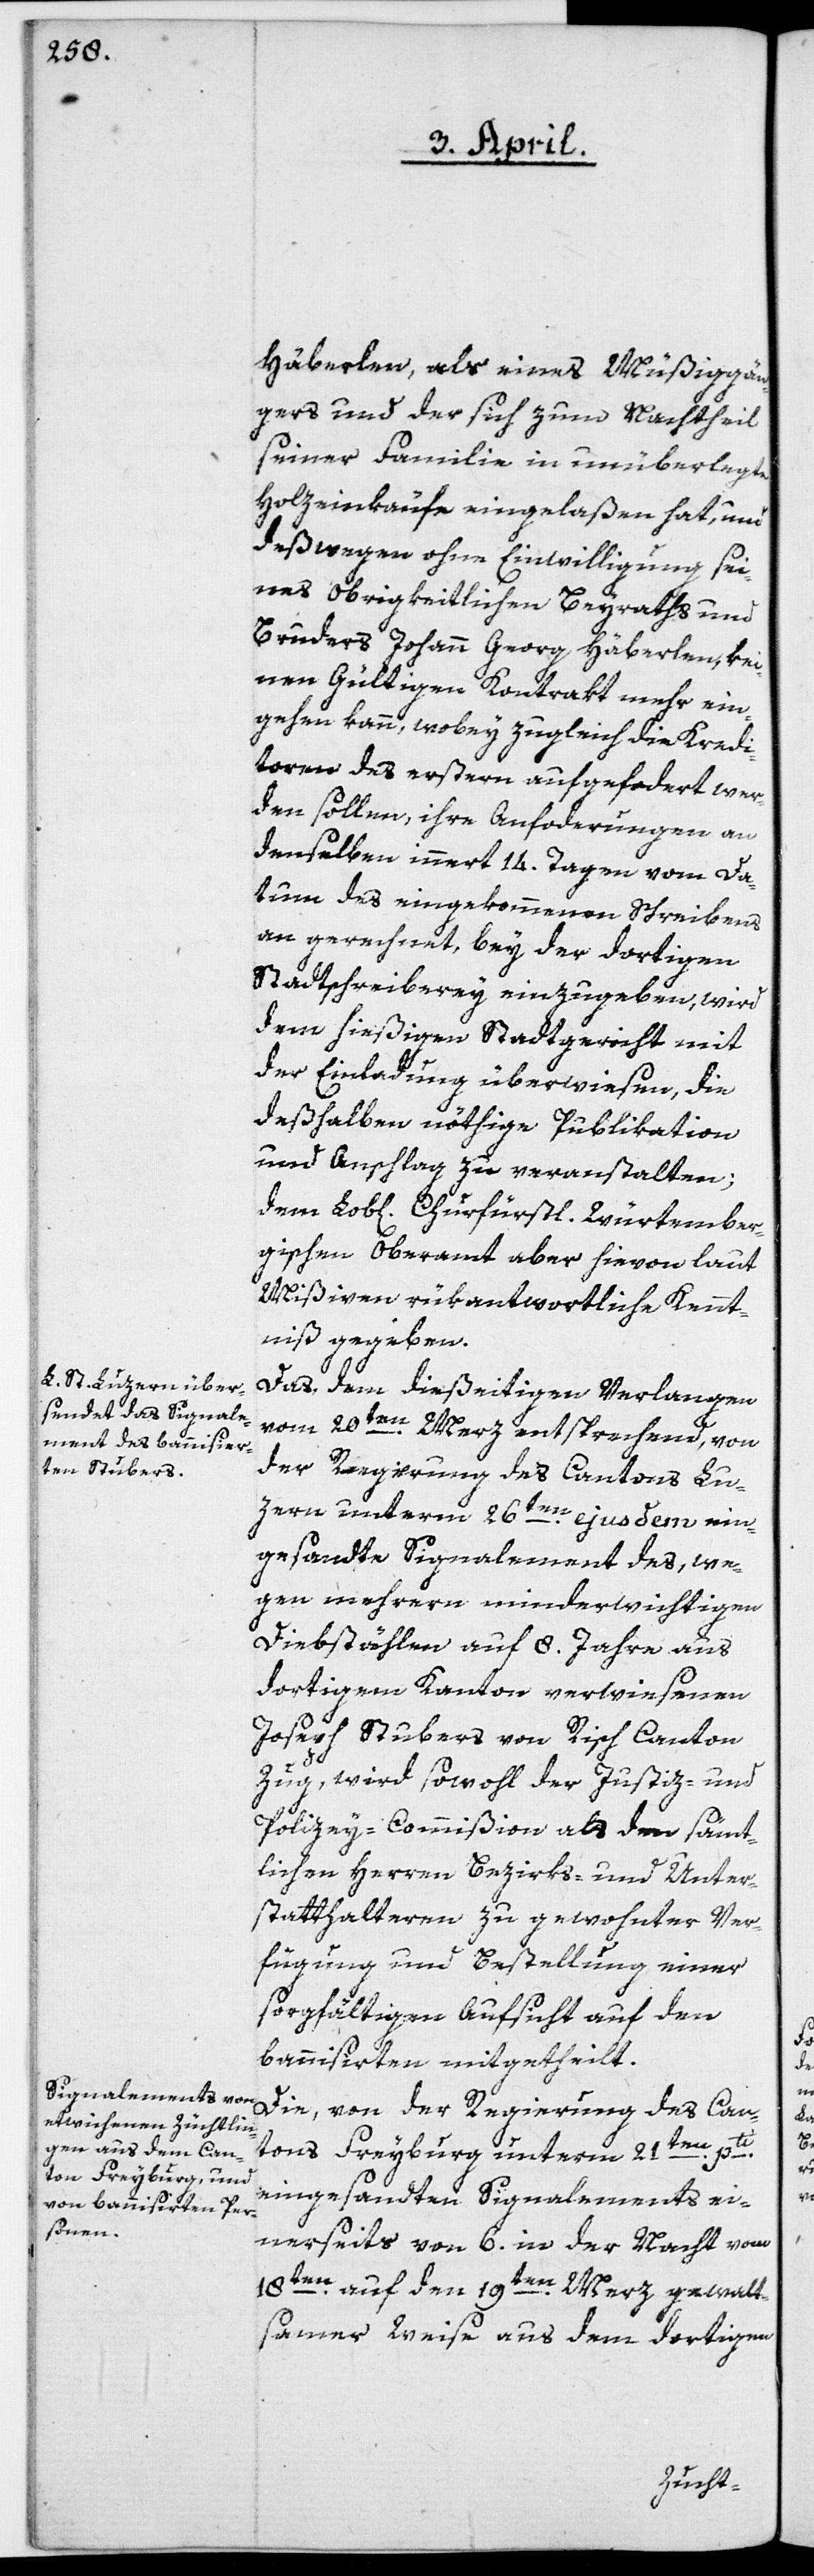
Häberlen, als eines Müßiggän¬
gers und der sich zum Nachtheil
seiner Familie in unüberlegte
Holzeinkäufe eingelaßen hat, und
deßwegen ohne Einwilligung sei¬
nes obrigkeitlichen Beyraths und
Bruders Johann Georg Häberlen, kei¬
nen gültigen Kontrakt mehr ein¬
gehen kann, wobey zugleich die Kredi¬
toren des erstern aufgefordert wer¬
den sollen, ihre Anforderungen an
denselben innert 14. Tagen vom Da¬
tum des eingekommenen Schreibens
an gerechnet, bey der dortigen
Stadtschreiberey einzugeben, wird
dem hießigen Stadtgericht mit
der Einladung überwiesen, die
deßhalben nöthige Publikation
und Anschlag zu veranstalten;
dem Lob[lichen] Churfürstl. Würtember¬
gischen Oberamt aber hievon laut
Mißiven rükantwortliche Kennt¬
niß gegeben.
Das, dem dießeitigen Verlangen
vom 20ten Merz entsprechend, von
der Regierung des Cantons Lu¬
zern unterm 26ten ejusdem ein¬
gesandte Signalement des, we¬
gen mehrern minderwichtigen
Diebstählen auf 8. Jahre aus
dortigem Kanton verwiesenen
Joseph Stubers von Risch Canton
Zug, wird sowohl der Justiz- und
Polizey-Commißion als den sämt¬
lichen Herren Bezirks- und Unter¬
statthalteren zu gewohnter Ver¬
fügung und Bestellung einer
sorgfältigen Aufsicht auf den
bannisirten mitgetheilt.
Die, von der Regierung des Can¬
tons Freyburg unterm 21ten
eingesandten Signalements ei¬
nerseits von 6. in der Nacht vom
18ten auf den 19ten Merz gewalt¬
samer Weise aus dem dortigen